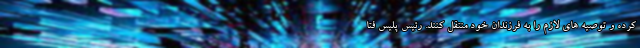
کرده و توصیه های لازم را به فرزندان خود منتقل کنند. رئیس پلیس فتا